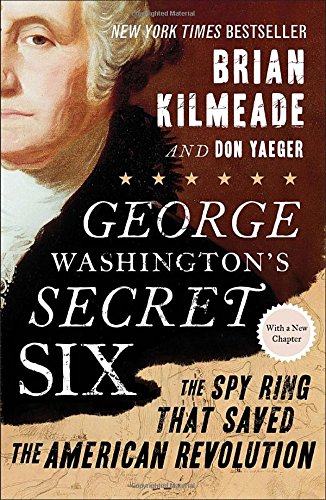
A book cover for George Washington's Secret Six: The Spy Ring That Saved the American Revolution; Brian Kilmeade; History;